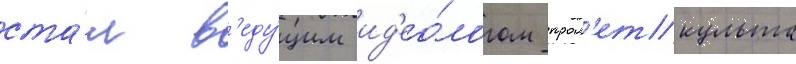
ста́л в'еду́щим ид'ео́логом прол'еткульта